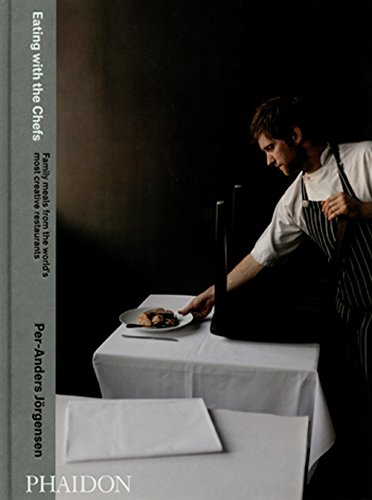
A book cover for Eating with the Chefs; Per-Anders Jorgensen; Cookbooks, Food & Wine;